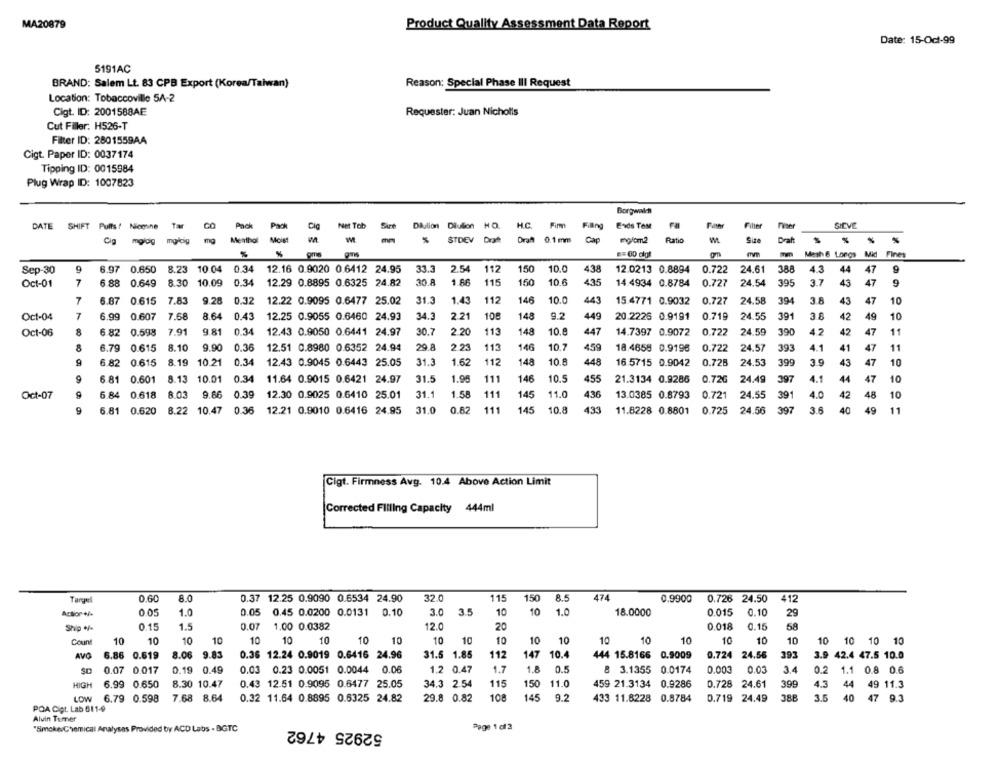
MA20879
Product Quality Assessment Data Report
Date: 15-Oct-99
5191AC
BRAND: Salem Lt. 83 CPB Export (Korea/Taiwan)
Reason: Special Phase III Request
Location: Tobaccoville 54-2
Cigt. ID: 2001588AE
Requester: Juan Nicholls
Cut Filler. H526-T
Filter ID: 2801559A4
Cigt. Paper ID: 0037174
Tipping ID: 0015984
Plug Wrap ID: 1007823
Borgwalch
DATE SHIFT Pults/ Nicosne Tar
Pack
Pack
Clg
Net Tob
Dlulion Dilution HO.
H.C.
Firm
Filling
Exdis ToMe
Filter
Fiser
SICVE
Size
Cia
mglog
mg/lcig
ma
Menthal
Moist
STDEV
Drat
Draft
0.1 mm
Cap
molem2
Ratio
Size
Draft
%
%
ome
Mash 6 Longs Mid Fines
Sep-30
9
6.97
0.650
8.23
10.04
0.34
12.16 0.9020 0.6412 24.95
33.3
2.54
112
150
10.0
438
12.0213 0.8894
0.722
24.61
388
4.3
44
47
9
7
6.88
0.649
8.30 10.09
0.34
12.29 0.8895 0.6325 24.82
30.8.
1.66
115
150
10.6
435
14.4934 0.8784
0.727
24.54
395
3.7
43
47
9
Oct-01
7
6.87
0.615
7.83
9.28
0.32
12.22 0.9095 0.6477 25.02
31.3
1.43
112
146
10.0
443
15.4771 0.9032
0.727
24.58
394
3.8
43
47
10
Oct-04
7
6.99
0.607
7.68
8.64
0.43
12.25 0.9055 0.6460 24.93
34.3
2.21
108
148
9.2
449
20.2226 0.9191
0.719
24.55
391
3.8
42
49
10
Oct-06
8
6.82
0.598
7.91
9.81
0.34
12.43 0.9050 0.6441 24.97
30.7
2 20
113
148
10.
447
14.7397 0.9072
0.722
24.59
390
4.2
42
47
11
8
6.79
0.615
8.10
9.90
0.36
12.51 0.8980 0.6352 24.94
29.8
2.23
113
146
10.7
459
18.4658 0.9196
0.722 24.57
393
4.1
41
47
11
9
6.82
0.615
8 19
10.21
0.34
12.43 0.9045 0.6443 25.05
31.3
1.62
112
148
10.8
448
16 5715 0.9042
0.728
24.53
399
3.9
43
47
10
9
6.81
0.601
8.13
10.01
0.34
11.64 0.9015 0.6421 24.97
31.5
1.98
111
146
10.5
455
21.3134 0.9286
0.72G
24.49
397
4.1
44
47
10
Oct-07
9
6.84
0.618
8.03
9.66
0.39
12.30 0.9025 0.6410 25.01
31.1
1.58
111
145
11.0
436
13.0385 0.8793
0.721
24.55
391
4.0
42
48
10
9
6.81
0.620
8.22 10.47
0.36
12.21 0.9010 0.6416 24.95
31.0
0.82
111
145
10.8
433
11.8228 0.8801
0.725
24.56 397
3.6
40
49
11
Cigt. Firmness Avg. 10.4 Above Action Limit
Corrected Filling Capacity 444ml
Tangel
0.60
8.0
0.37 12.25 0.9090 0.6534 24.90
32.0
115
150
8.5
474
0.9900
0.726 24.50
412
10
Action +/-
0.05
1.0
0.05 0.45 0.0200 0.0131 0.10
3.0
3.5
10
1.0
18.0000
0.015
0.10
29
1.5
0.07 1.00 0.0382
12.0
20
0.018
0.15
68
Ship +/-
0.15
Count
10
10
10
10
10
10
10
10
10
10
10
10
10
10
10
10
10
10
10
10
10 10 10 10
AVO 6.86 0.619
8.06 9.83
0.36 12.24 0.9019 0.6416 24.96
31.5
1.85
112
147
10.4
444 15.8166 0.9009
0.724 24.56
393
3.9 42.4 47.5 10.0
0.07 0.017
0.19 0.49
0.03 0.23 0.0051 0.0044 0.06
1.2 0.47
1.7
1.8
0.5
8 3.1355 0.0174
0.003
0.03
3.4
0.2 1.1 0.8 0.6
HIGH
6.99 0.650
8.30 10.47
0.43 12.51 0.9095 0.6477 25.05
34.3 2.54
115
150
11.0
459 21.3134
0.9286
0.728
24.61
399
4.3
44 49 11.3
LOW
6.79 0.598
7.68 8.64
0.32 11.64 0.8895 0.6325 24.82
29.8 0.82
108
145
9.2
433 11.8228
0.8784
0.719 24.49
388
3.5
40 47 9.3
POA Cipt. Lab 611-9
Alvin Tumer
52925 4762
"Smoke Chemical Analysas Provided by ACD Labs . BGTC
Page 1 of 2